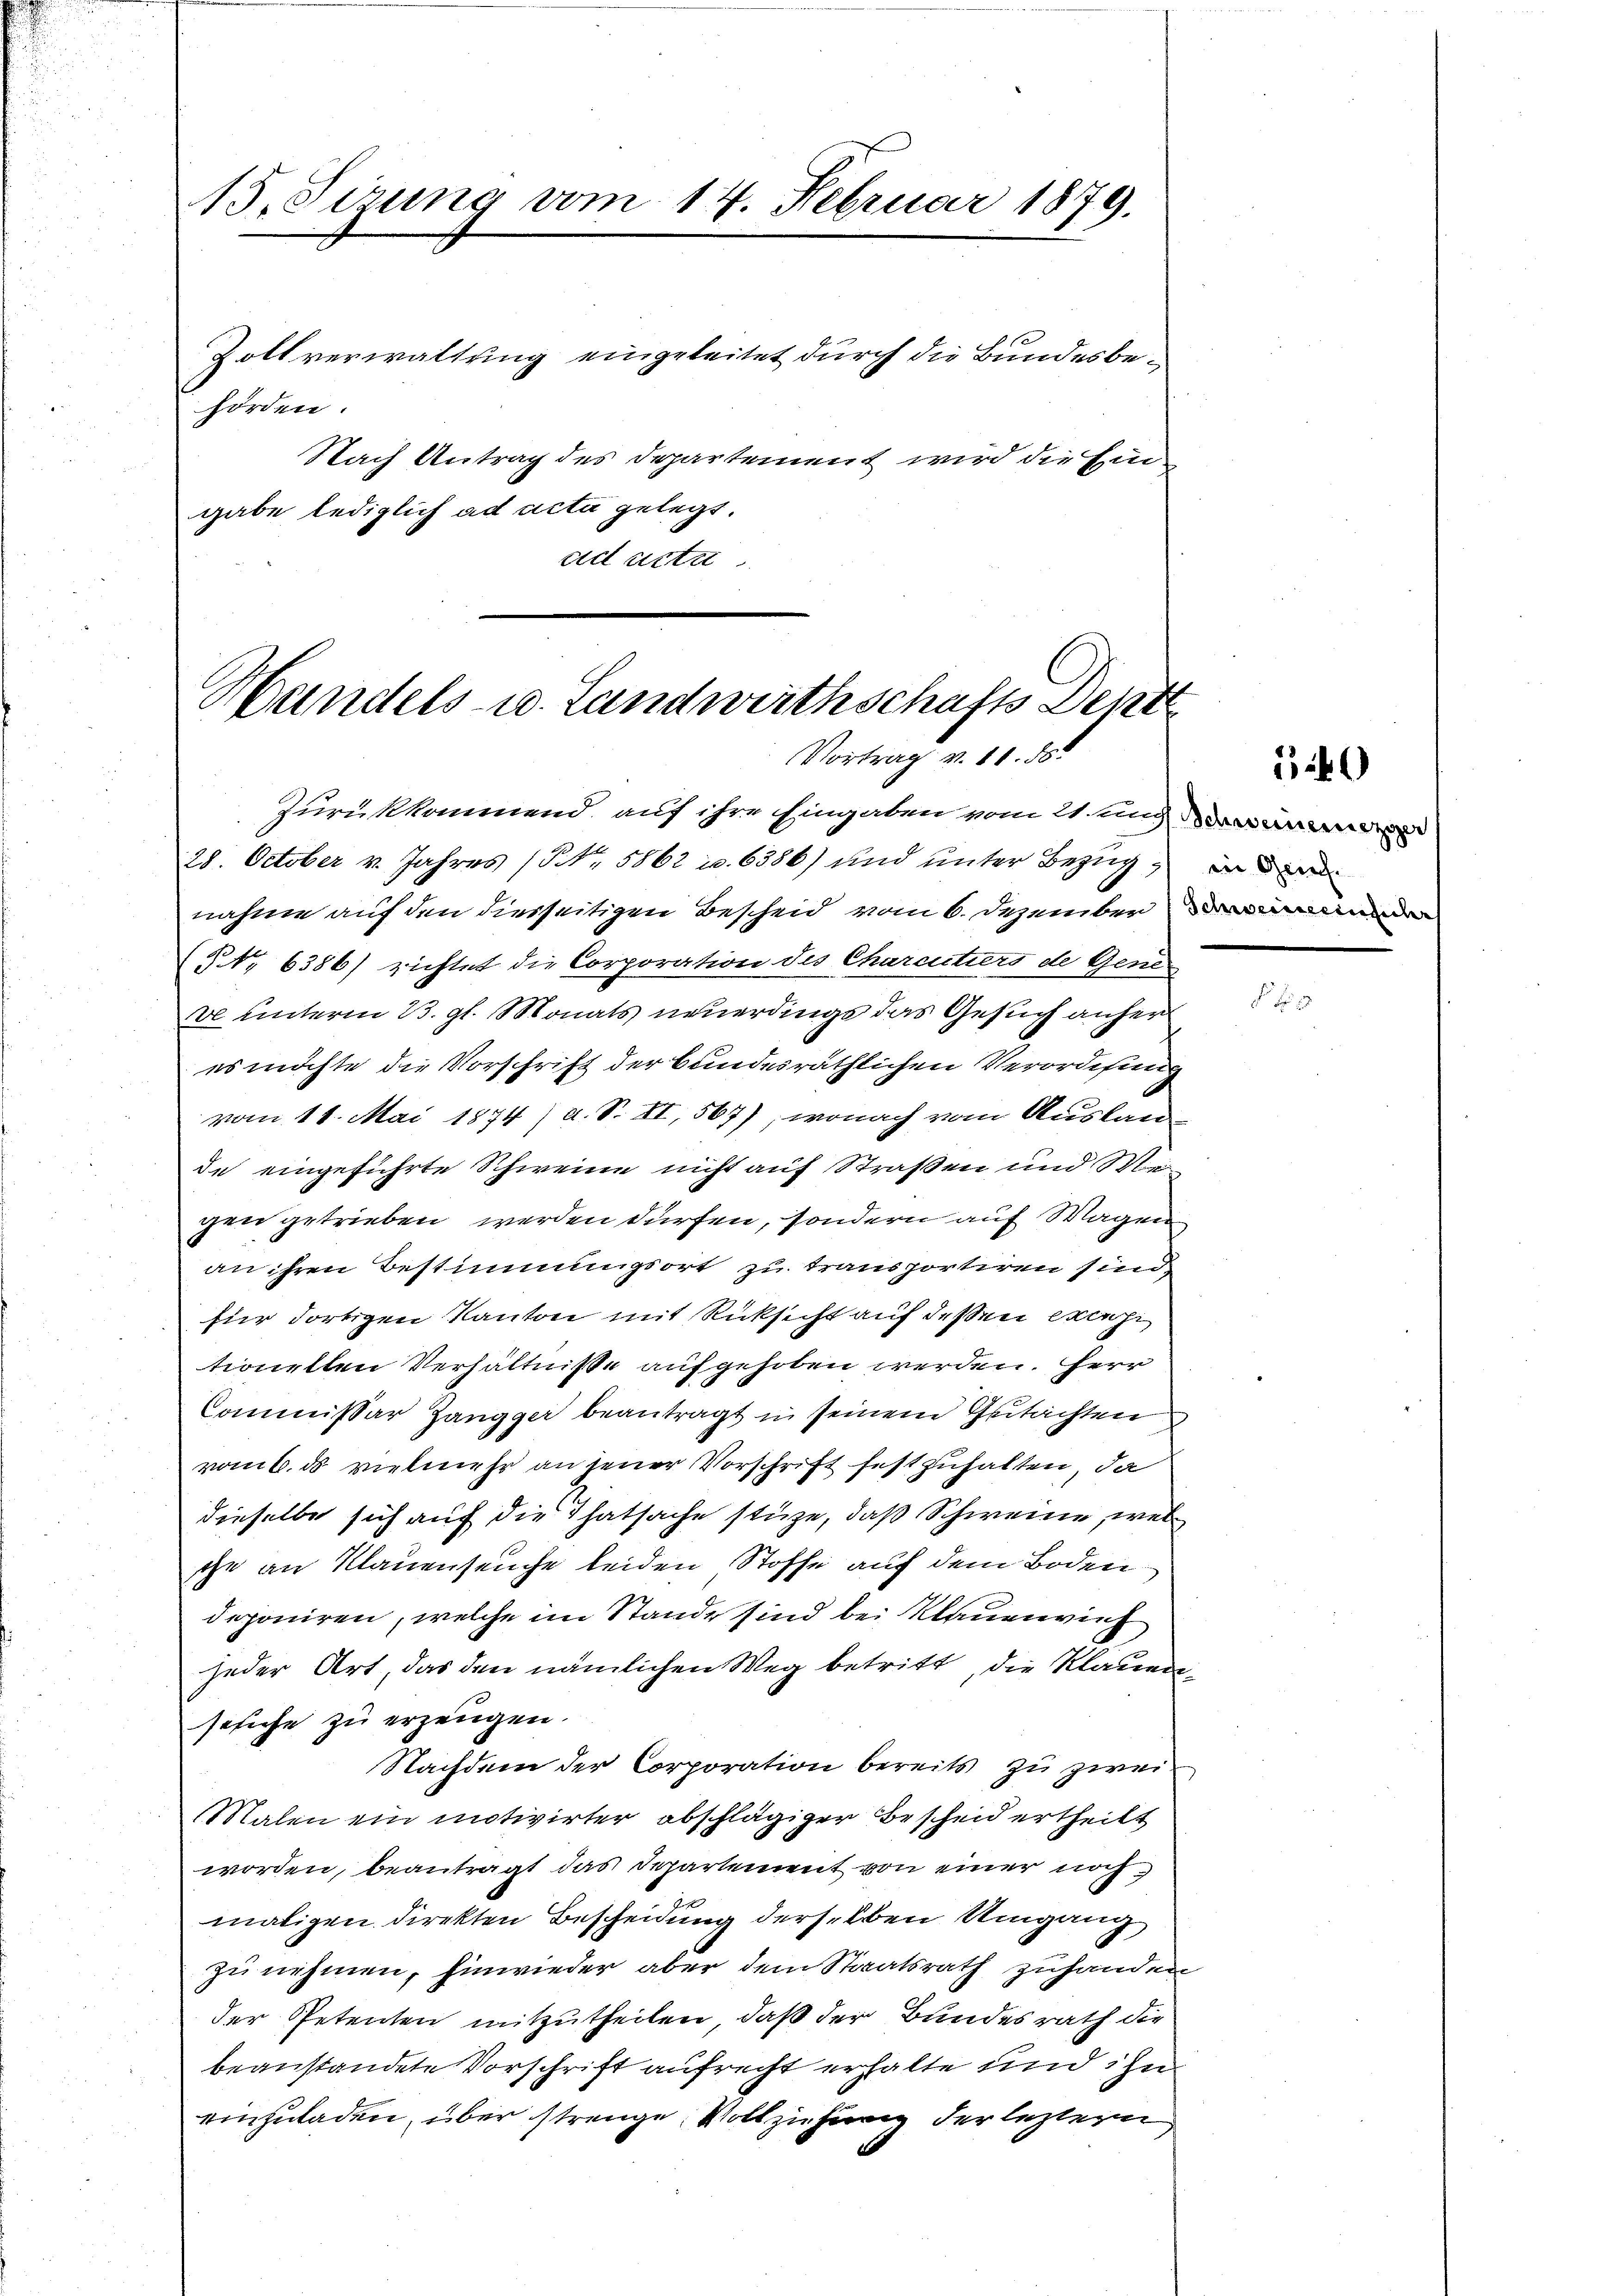
15. Sizung vom 14. Februar 1879.

hörden.
gabe lediglich ad acta gelegt.

Zolt verwaltung eingeleitet durch die Bundesbe¬
Nach Antrag des Departement wird die Einad actu

Handels- u. Landwirthschafts Dent
Vortrag v. 10. d.

Zurükkommend, auf ihre Eingaben vom 21. ung
28. October v. Jahres (§ NNo. 5862 u. 6386) und unter Bezug
nahme auf den diesseitigen Bescheid vom 6. Dezember inder
NNo 6386) richtet die Corporation des Charcitiers de Gene
ve unterm 13. gl. Monats neuerdings das Gesuch anher
es möchte die Vorschrift der bundesräthlichen Verordnung
vom 18. Mai 1874) d. S. II, 567), wonach vom Auslande eingeführte Schweine nicht auf Straßen und Wiegen getrieben werden dürfen, sondern auf Wagen
an ihren Bestimmungsort zu transportiren sind
für dortigen Kanton mit Rücksicht auf deßen erache
tionellen Verhältniße aufgehoben werden. Herr
Commissär Zangger beantragt in seinem Gutachten
vom 6. ds vielmehr an jener Vorschrift festzuhalten, da
dieselbe sich auf die Thatsache stüze, daß Schweine, wel
che an Klauenseuche beiden Stoffe auf dem Boden
deponiren, welche im Stande sind bei Klauenver
jeder Art das den nämlichen Weg betritt, die Klauensesiche zu erzeugen.
Nachdem der Corporation bereits zu zwei
Malen ein motivirter abschlägiger Bescheid ertheilt
worden, beantragt das Departement von einer noch
maligen direkten Bescheidung derselben Umgang
zu nehmen, hinwieder aber dem Staatsrath zuhanden
der Petenten mitzutheilen, daß der Bundesrath die
beanstandete Vorschrift aufrecht erhalte und ihn
einzuladen, über strenge Vollziehung der leztern

540

in Griech.
e